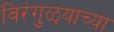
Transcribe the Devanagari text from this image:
विरंगुळ्याच्या